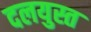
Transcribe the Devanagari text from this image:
दलयुस्त